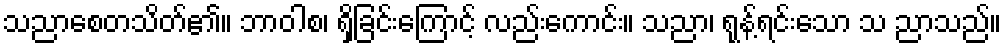
သညာစေတသိတ်၏။ ဘာဝါစ၊ ရှိခြင်းကြောင့် လည်းကောင်း။ သညာ၊ ရုန့်ရင်းသော သ ညာသည်။